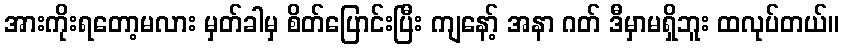
အားကိုးရတော့မလား မှတ်ခါမှ စိတ်ပြောင်းပြီး ကျနော့် အနာ ဂတ် ဒီမှာမရှိဘူး ထလုပ်တယ်။